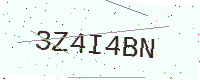
Text: 3Z4I4BN